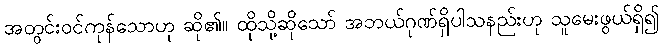
အတွင်းဝင်ကုန်သောဟု ဆို၏။ ထိုသို့ဆိုသော် အဘယ်ဂုဏ်ရှိပါသနည်းဟု သူမေးဖွယ်ရှိ၍